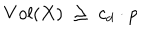
V o l ( X ) \; \geq \; c _ { d } \cdot p